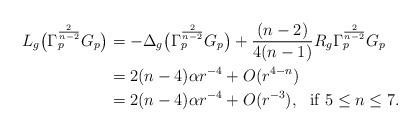
LaTeX: \begin{align*} L_g \big( \Gamma_p^{\frac{2}{n-2}} G_p \big) &= - \Delta_g \big( \Gamma_p^{\frac{2}{n-2}} G_p \big) + \frac{(n-2)}{4(n-1)} R_g \Gamma_p^{\frac{2}{n-2}} G_p \\&= 2(n-4)\alpha r^{-4} + O(r^{4-n}) \\&= 2(n-4) \alpha r^{-4} + O(r^{-3}), \ \ \mbox{if }5 \leq n \leq 7.\end{align*}